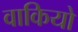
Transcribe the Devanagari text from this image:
वाकियो